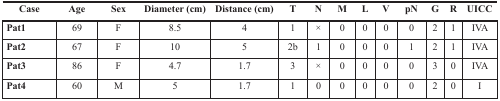
| Case | Age | Sex | Diameter (cm) | Distance (cm) | T | N | M | L | V | pN | G | R | UICC |
 | --- | --- | --- | --- | --- | --- | --- | --- | --- | --- | --- | --- | --- | --- |
 | Pat1 | 69 | F | 8.5 | 4 | 1 | × | 0 | 0 | 0 | 0 | 2 | 1 | IVA |
 | Pat2 | 67 | F | 10 | 5 | 2b | 1 | 0 | 0 | 0 | 1 | 2 | 1 | IVA |
 | Pat3 | 86 | F | 4.7 | 1.7 | 3 | × | 0 | 0 | 0 | 0 | 3 | 0 | IVA |
 | Pat4 | 60 | M | 5 | 1.7 | 1 | 0 | 0 | 0 | 0 | 0 | 2 | 0 | I |